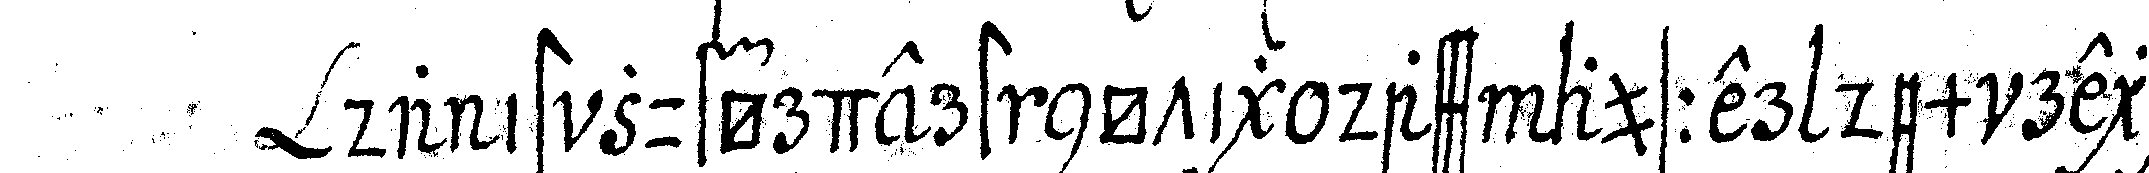
da ist zuförder nötig dass ausser dem regie